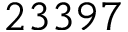
2 3 3 9 7